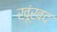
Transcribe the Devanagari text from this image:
खूंखद